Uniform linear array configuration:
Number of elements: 16
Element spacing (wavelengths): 1
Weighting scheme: blackman
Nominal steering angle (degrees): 0
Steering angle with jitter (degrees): -0.4248
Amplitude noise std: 0.05
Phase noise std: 0.05

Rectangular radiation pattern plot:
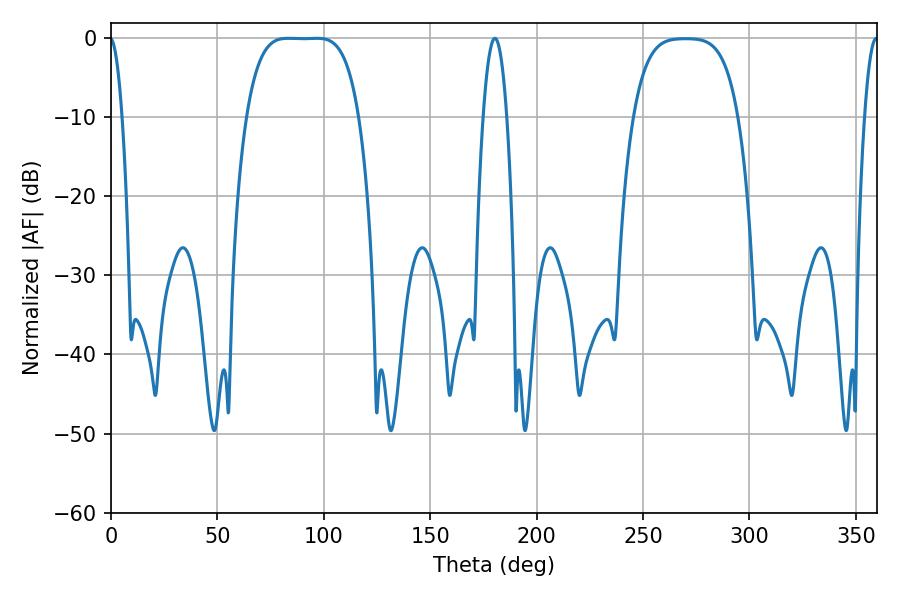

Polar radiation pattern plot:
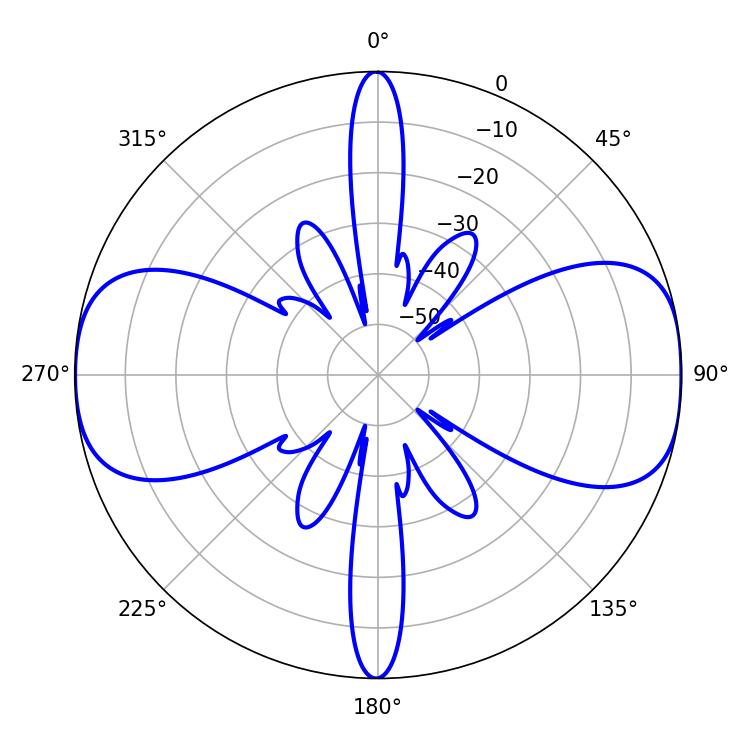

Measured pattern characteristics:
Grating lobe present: TRUE
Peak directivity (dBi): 13.549
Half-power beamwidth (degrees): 40.32
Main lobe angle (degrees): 83.16